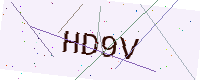
Text: HD9V